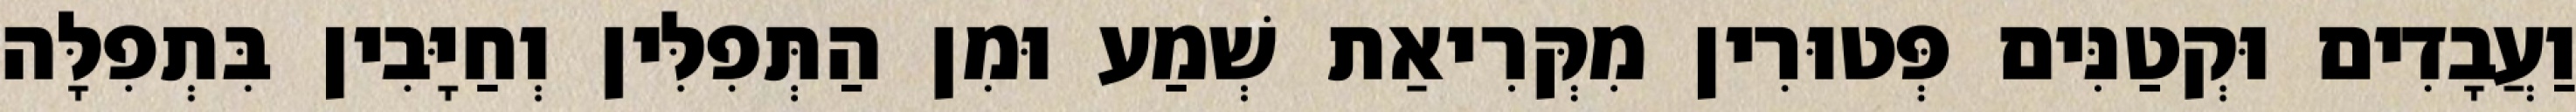
וַעֲבָדִים וּקְטַנִּים פְּטוּרִין מִקְּרִיאַת שְׁמַע וּמִן הַתְּפִלִּין וְחַיָּבִין בִּתְפִלָּה